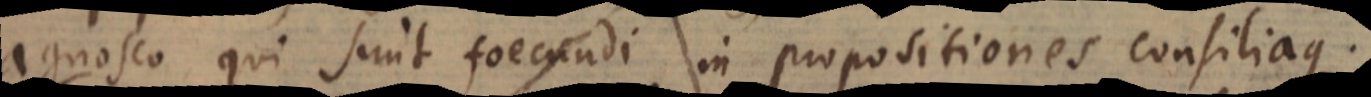
agnosco qui sunt foecundi in propositiones consiliaque.